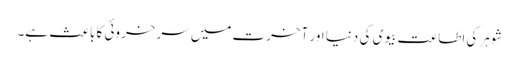
شوہر کی اطاعت بیوی کی دنیا اور آخرت میں سرخروئی کا باعث ہے۔